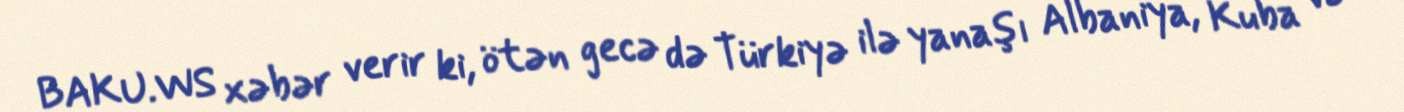
BAKU.WS xəbər verir ki, ötən gecə də Türkiyə ilə yanaşı Albaniya, Kuba və